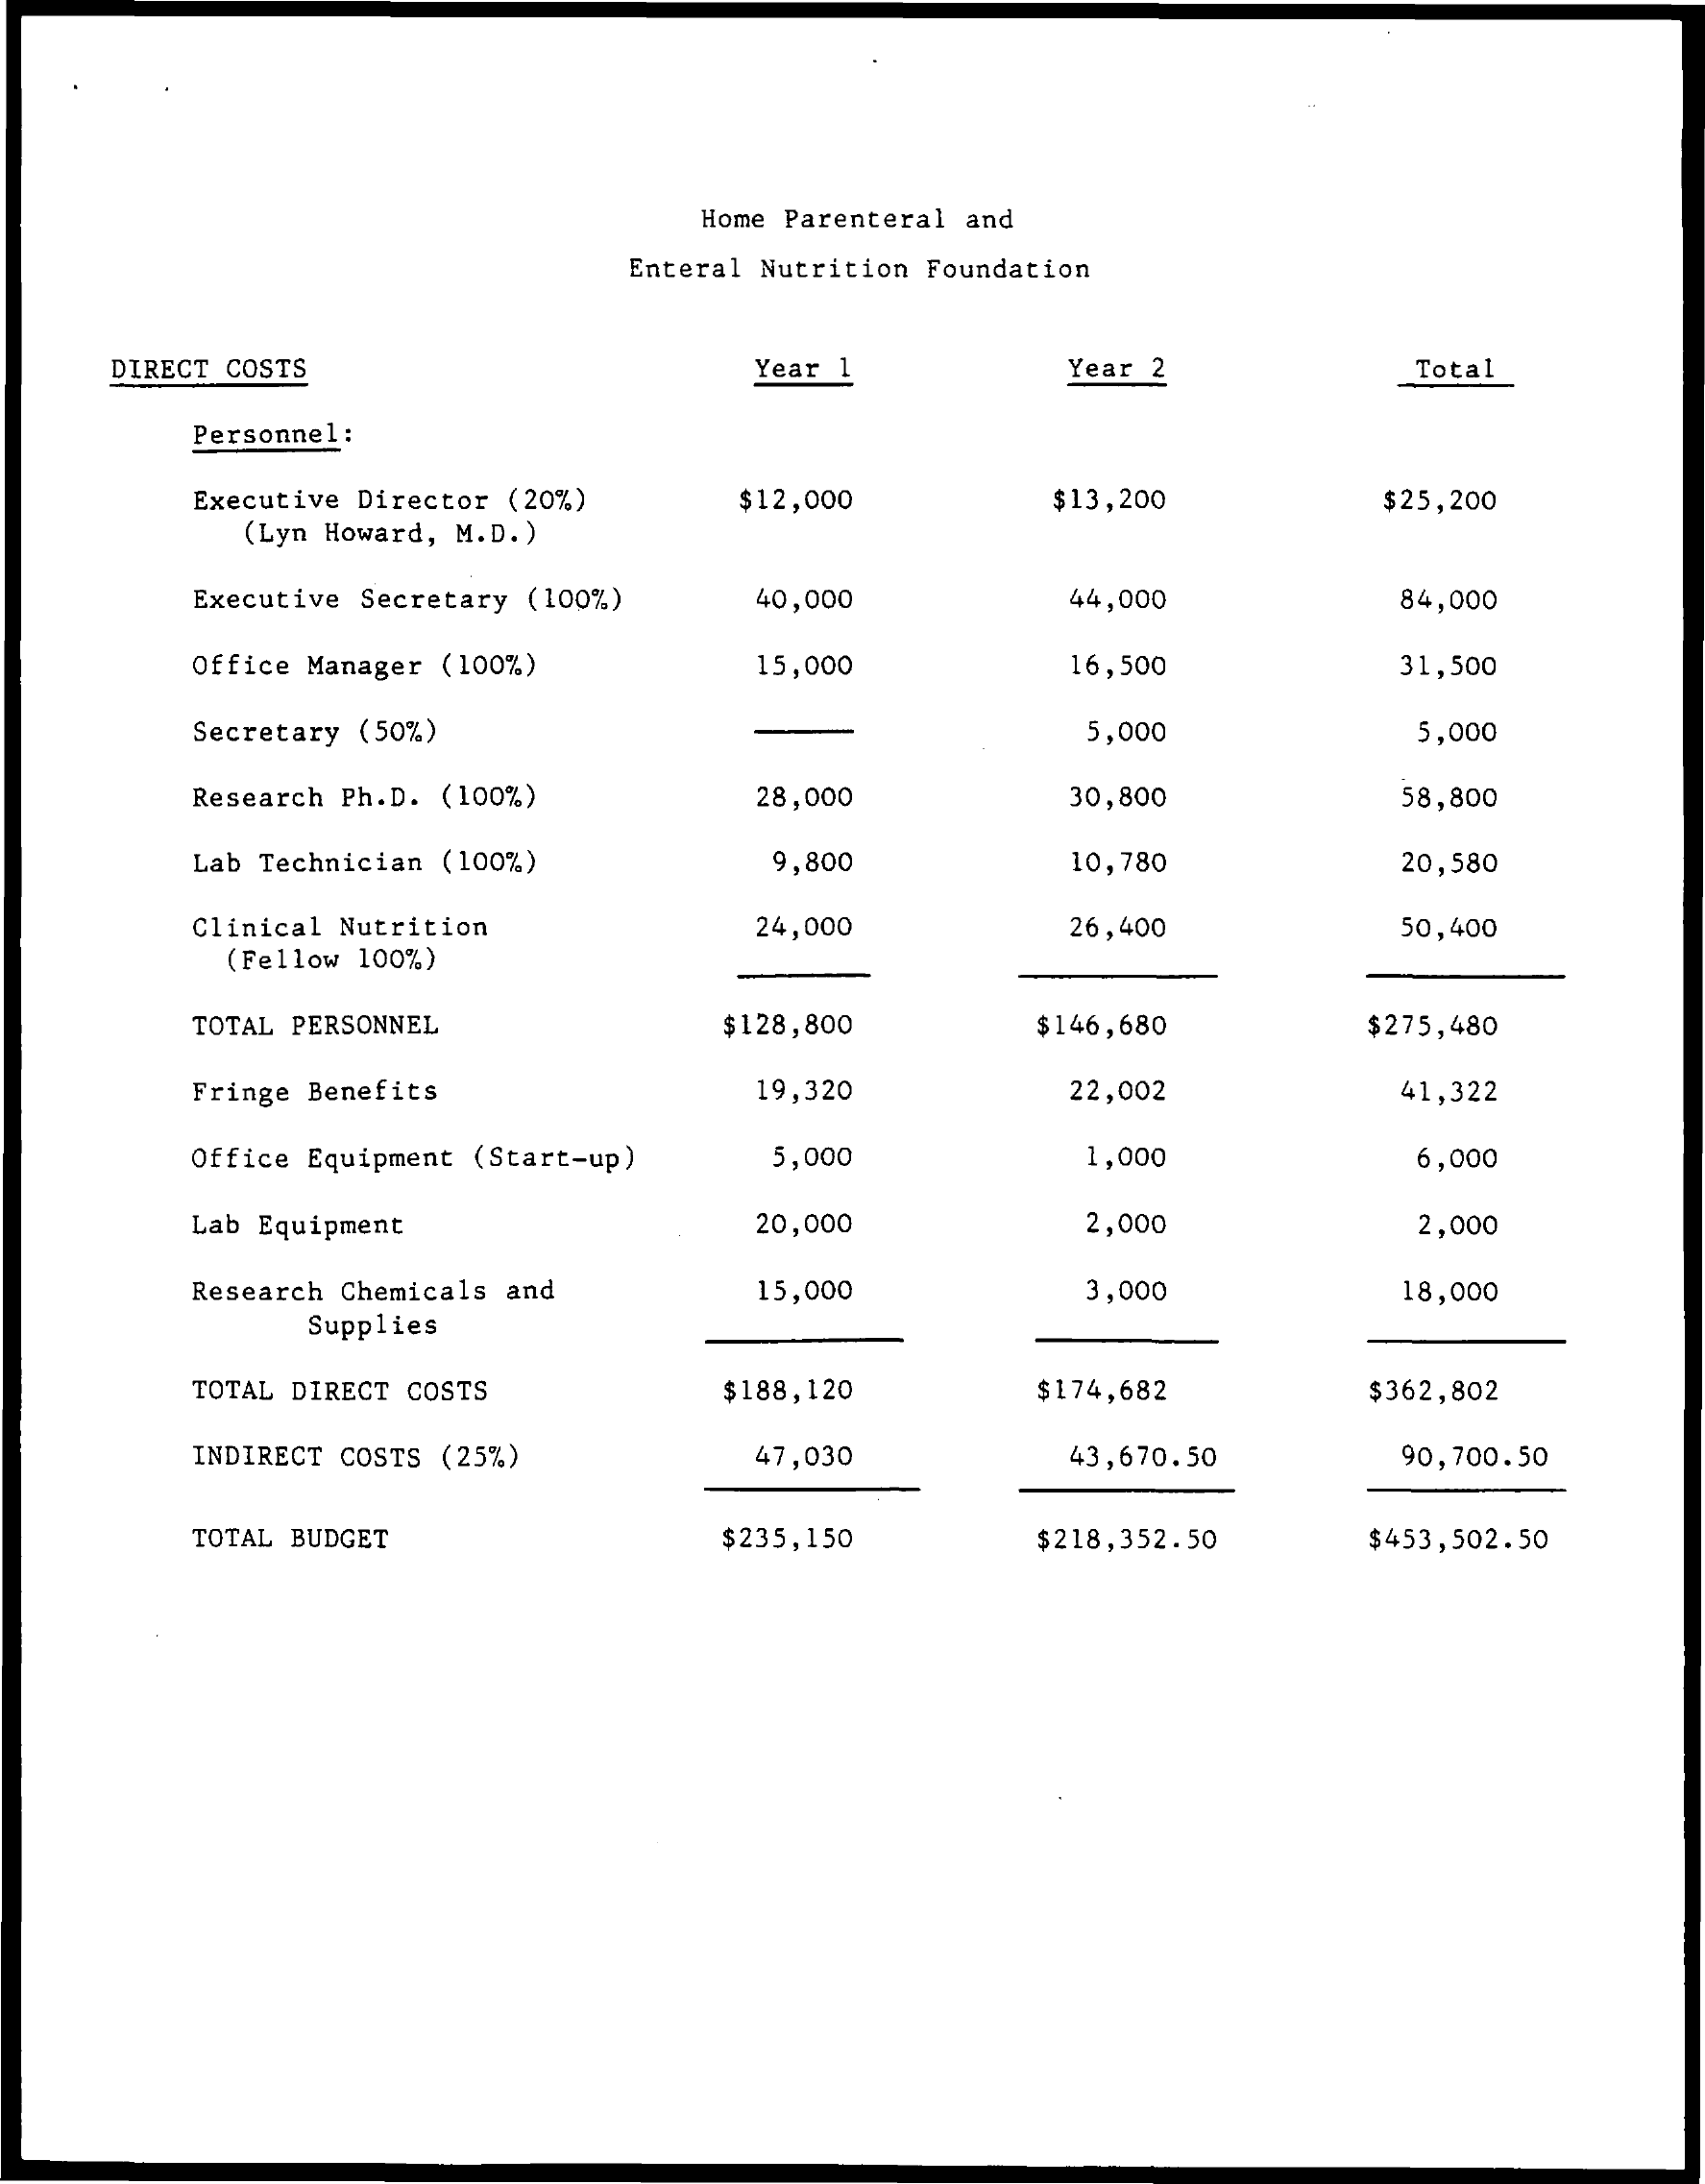
Home Parenteral and
     Enteral Nutrition Foundation
    DIRECT COSTS    Year 1    Year 2    Total
     Personnel:
     Executive Director (20%) $12,000 $13,200 $ 25,200
     (Lyn Howard, M.D.)
     Executive Secretary (100%) 40,000 44,000 84,000
     Office Manager (100%) 15,000 16,500    31,500
     Secretary (50%)    5,000    5,000
     Research Ph.D. (100%) 28,000 30,800    58,800
     Lab Technician (100%) 9,800  10,780    20,580
     Clinical Nutrition 24,000    26,400    50,400
     (Fellow 100%)
     TOTAL PERSONNEL  $128,800   $146,680   $275,480
     Fringe Benefits   19,320    22,002    41,322
     Office Equipment (Start-up) 5,000 1,000 6,000
     Lab Equipment    20,000    2,000    2,000
     Research Chemicals and 15,000 3,000    18,000
     Supplies
     TOTAL DIRECT COSTS $188,120 $174,682   $362,802
     INDIRECT COSTS (25%) 47,030  43,670.50  90,700.50
     TOTAL BUDGET    $235,150   $218,352.50 $453,502.50